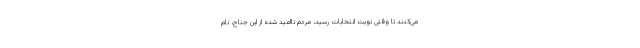
می‌کنند تا وقتی نوبت انتخابات رسید، مردم ناامید شده از این جناح، نام